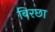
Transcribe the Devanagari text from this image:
बिरछा